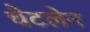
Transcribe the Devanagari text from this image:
चैटलेन